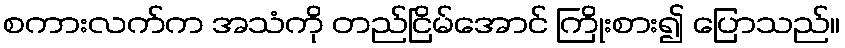
စကားလက်က အသံကို တည်ငြိမ်အောင် ကြိုးစား၍ ပြောသည်။